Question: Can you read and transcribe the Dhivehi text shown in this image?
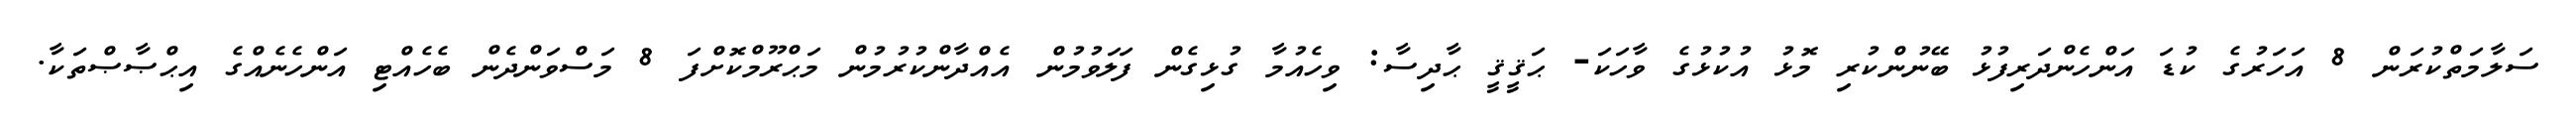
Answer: ސަލާމަތްކުރަން 8 އަހަރުގެ ކުޑަ އަންހެންދަރިފުޅު ބޭނުންކުރި މޮޅު އުކުޅުގެ ވާހަކަ- ޙަޤީޤީ ޙާދިސާ: ވިހެއުމާ ގުޅިގެން ފަލަވުމުން އެއްދާންކުރުމުން މަޙްރޫމްކޮށްފަ 8 މަސްވަންދެން ބެހެއްޓި އަންހެނެއްގެ އިޙްޞާޞްތަކާ.